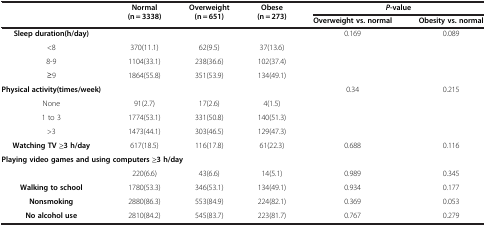
<table><thead><tr><td><b> </b></td><td><b>Normal (n = 3338)</b></td><td><b>Overweight (n = 651)</b></td><td><b>Obese (n = 273)</b></td><td colspan="2"><b><i>P</i>-value</b></td></tr><tr><td><b> </b></td><td><b> </b></td><td><b> </b></td><td><b> </b></td><td><b>Overweight vs. normal</b></td><td><b>Obesity vs. normal</b></td></tr></thead><tbody><tr><td><b>Sleep duration(h/day)</b></td><td> </td><td> </td><td> </td><td>0.169</td><td>0.089</td></tr><tr><td>&lt;8</td><td>370(11.1)</td><td>62(9.5)</td><td>37(13.6)</td><td> </td><td> </td></tr><tr><td>8-9</td><td>1104(33.1)</td><td>238(36.6)</td><td>102(37.4)</td><td> </td><td> </td></tr><tr><td>≥9</td><td>1864(55.8)</td><td>351(53.9)</td><td>134(49.1)</td><td> </td><td> </td></tr><tr><td><b>Physical activity(times/week)</b></td><td> </td><td> </td><td> </td><td>0.34</td><td>0.215</td></tr><tr><td>None</td><td>91(2.7)</td><td>17(2.6)</td><td>4(1.5)</td><td> </td><td> </td></tr><tr><td>1 to 3</td><td>1774(53.1)</td><td>331(50.8)</td><td>140(51.3)</td><td> </td><td> </td></tr><tr><td>&gt;3</td><td>1473(44.1)</td><td>303(46.5)</td><td>129(47.3)</td><td> </td><td> </td></tr><tr><td><b>Watching TV ≥3 h/day</b></td><td>617(18.5)</td><td>116(17.8)</td><td>61(22.3)</td><td>0.688</td><td>0.116</td></tr><tr><td colspan="6"><b>Playing video games and using computers ≥3 h/day</b></td></tr><tr><td> </td><td>220(6.6)</td><td>43(6.6)</td><td>14(5.1)</td><td>0.989</td><td>0.345</td></tr><tr><td><b>Walking to school</b></td><td>1780(53.3)</td><td>346(53.1)</td><td>134(49.1)</td><td>0.934</td><td>0.177</td></tr><tr><td><b>Nonsmoking</b></td><td>2880(86.3)</td><td>553(84.9)</td><td>224(82.1)</td><td>0.369</td><td>0.053</td></tr><tr><td><b>No alcohol use</b></td><td>2810(84.2)</td><td>545(83.7)</td><td>223(81.7)</td><td>0.767</td><td>0.279</td></tr></tbody></table>